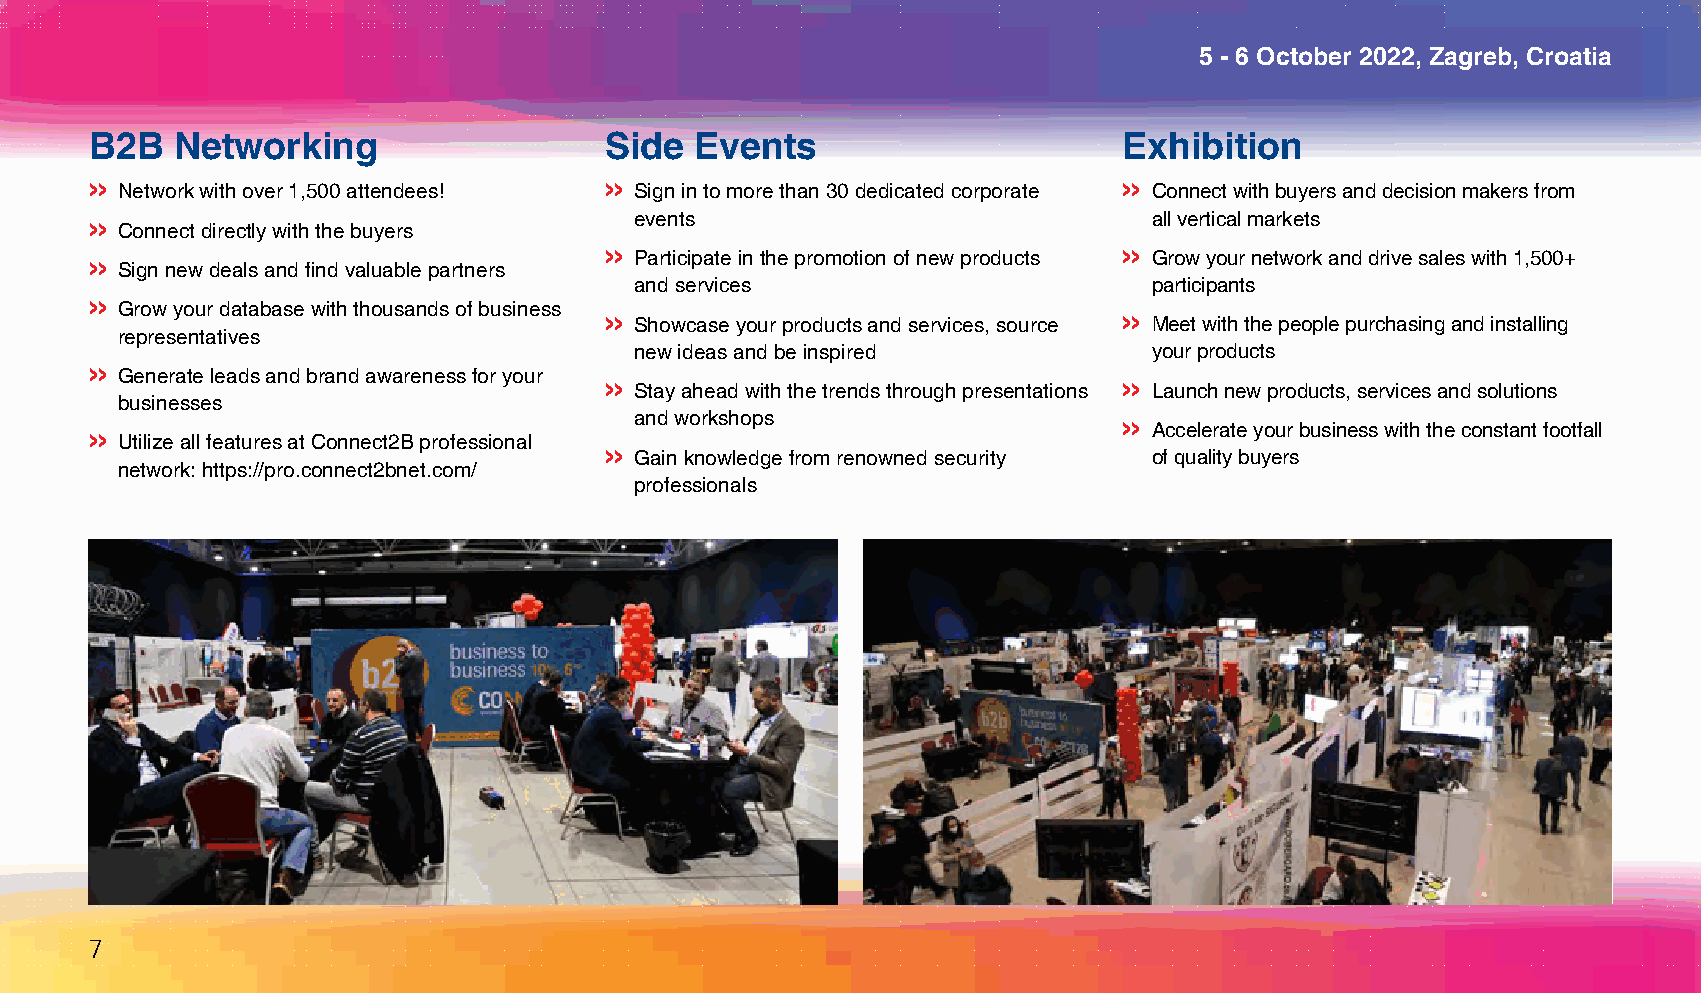
5 - 6 October 2022, Zagreb, Croatia
 B2B   Networking                  Side  Events                      Exhibition
 >> Network with over 1,500 attendees! >> Sign in to more than 30 dedicated corporate >> Connect with buyers and decision makers from
 events                            all vertical markets
 >> Connect directly with the buyers
 >> Participate in the promotion of new products >> Grow your network and drive sales with 1,500+
 >> Sign new deals and find valuable partners
 and services                      participants
 >> Grow your database with thousands of business
 >> Showcase your products and services, source >> Meet with the people purchasing and installing
 representatives
 new ideas and be inspired         your products
 >> Generate leads and brand awareness for your
 >> Stay ahead with the trends through presentations >> Launch new products, services and solutions
 businesses
 and workshops
 >> Accelerate your business with the constant footfall
 >> Utilize all features at Connect2B professional
 >> Gain knowledge from renowned security of quality buyers
 network: https://pro.connect2bnet.com/
 professionals
 7